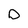
Character: D